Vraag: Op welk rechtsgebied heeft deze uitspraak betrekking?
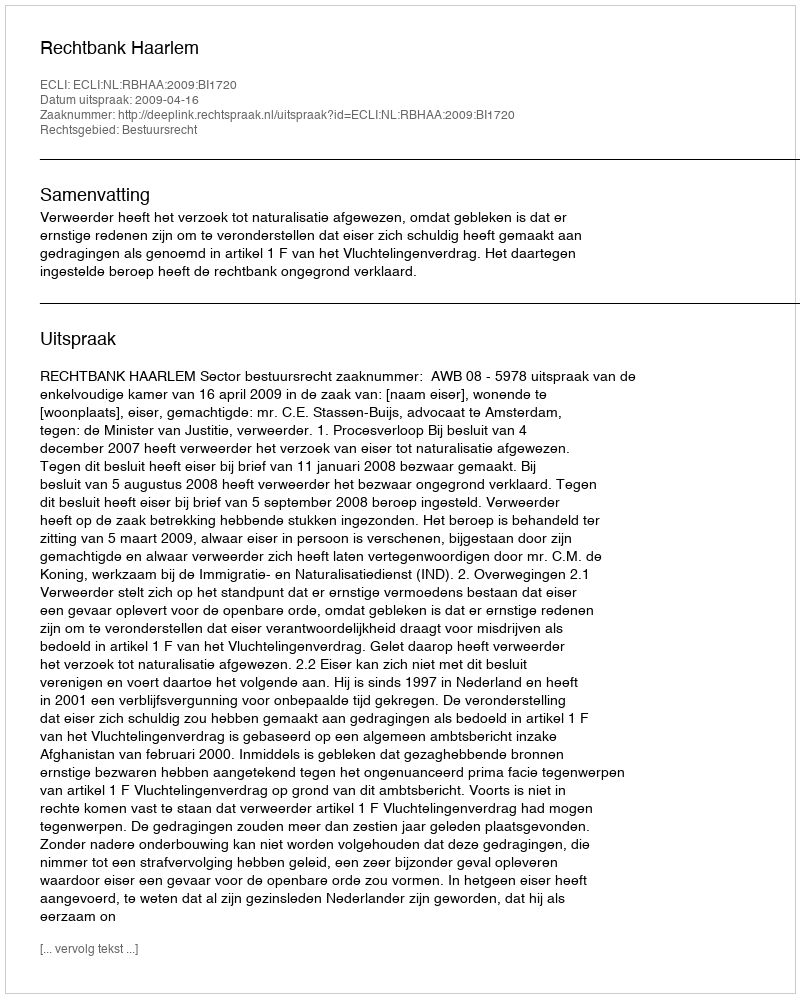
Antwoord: Bestuursrecht